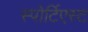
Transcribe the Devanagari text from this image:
स्पोर्टिएस्ट